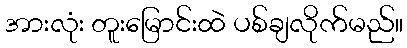
အားလုံး တူးမြောင်းထဲ ပစ်ချလိုက်မည်။